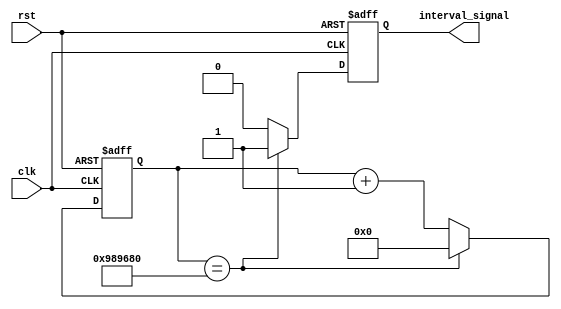
module IntervalTimer(
    input wire clk,
    input wire rst,
    output reg interval_signal
);

reg [31:0] counter;

always @(posedge clk or posedge rst) begin
    if(rst) begin
        counter <= 0;
        interval_signal <= 0;
    end else begin
        if(counter == 10000000) begin // adjust the value for desired interval
            interval_signal <= 1;
            counter <= 0;
        end else begin
            counter <= counter + 1;
            interval_signal <= 0;
        end
    end
end

endmodule